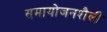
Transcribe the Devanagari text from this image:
समायोजनशैली